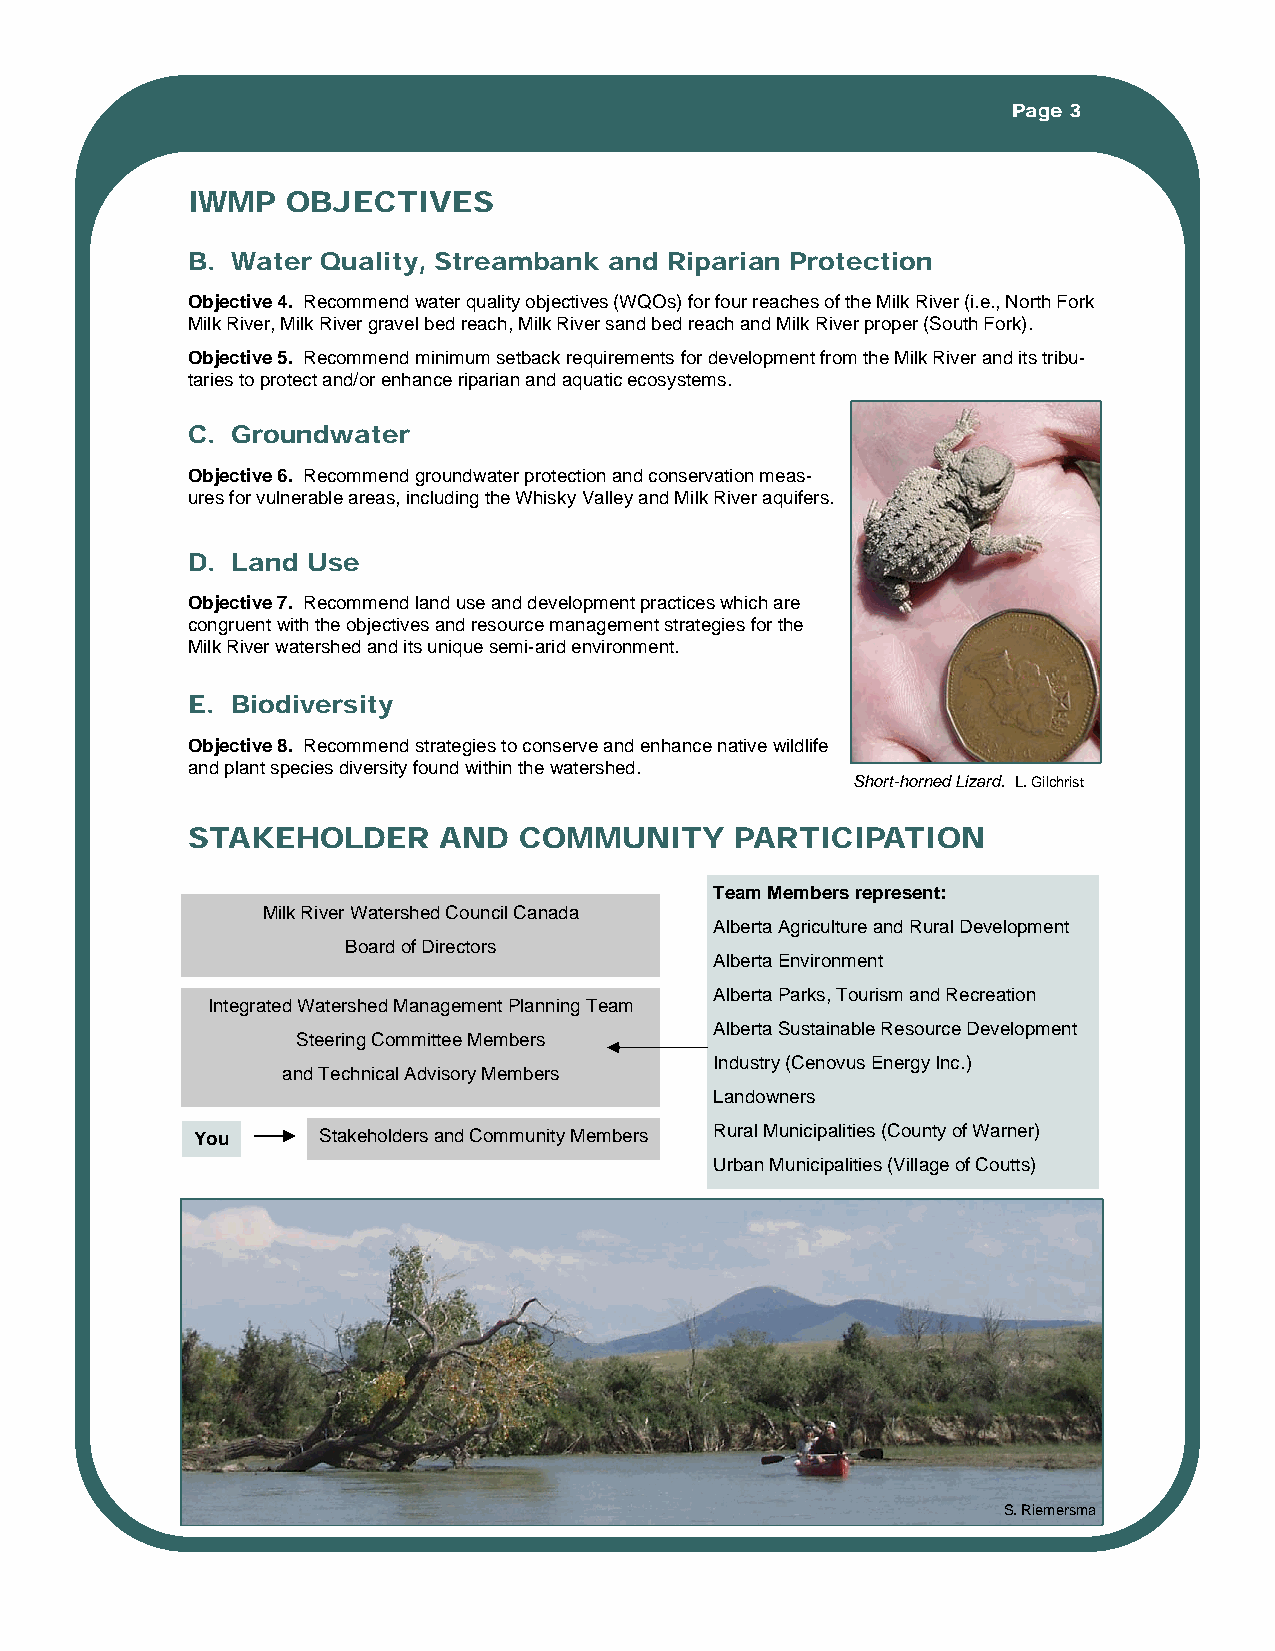
Page 3
 IWMP   OBJECTIVES
 B. Water Quality, Streambank and Riparian Protection
 Objective 4. Recommend water quality objectives (WQOs) for four reaches of the Milk River (i.e., North Fork
 Milk River, Milk River gravel bed reach, Milk River sand bed reach and Milk River proper (South Fork).
 Objective 5. Recommend minimum setback requirements for development from the Milk River and its tribu-
 taries to protect and/or enhance riparian and aquatic ecosystems.
 C. Groundwater
 Objective 6. Recommend groundwater protection and conservation meas-
 ures for vulnerable areas, including the Whisky Valley and Milk River aquifers.
 D. Land Use
 Objective 7. Recommend land use and development practices which are
 congruent with the objectives and resource management strategies for the
 Milk River watershed and its unique semi-arid environment.
 E. Biodiversity
 Objective 8. Recommend strategies to conserve and enhance native wildlife
 and plant species diversity found within the watershed.
 Short-horned Lizard. L. Gilchrist
 STAKEHOLDER      AND  COMMUNITY      PARTICIPATION
 Team Members represent:
 Milk River Watershed Council Canada
 Alberta Agriculture and Rural Development
 Board of Directors
 Alberta Environment
 Alberta Parks, Tourism and Recreation
 Integrated Watershed Management Planning Team
 Alberta Sustainable Resource Development
 Steering Committee Members
 Industry (Cenovus Energy Inc.)
 and Technical Advisory Members
 Landowners
 You     Stakeholders and Community Members Rural Municipalities (County of Warner)
 Urban Municipalities (Village of Coutts)
 S. Riemersma